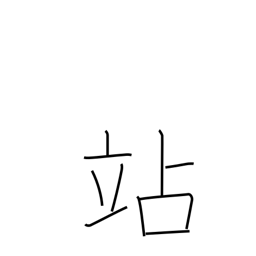
Meaning: halt